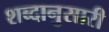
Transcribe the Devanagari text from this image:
शब्दानुसारी